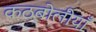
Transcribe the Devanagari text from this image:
कठबोलीयाँ